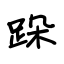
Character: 跺